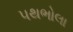
પથભોલા